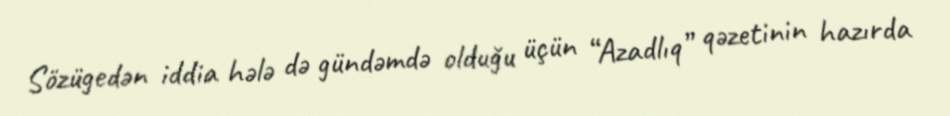
Sözügedən iddia hələ də gündəmdə olduğu üçün “Azadlıq” qəzetinin hazırda